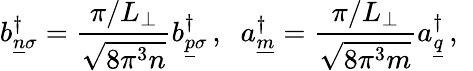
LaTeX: b_{\underline{{{n}}}\sigma}^{\dagger}=\frac{\pi/L_{\perp}}{\sqrt{8\pi^{3}n}}b_{\underline{{{p}}}\sigma}^{\dagger}\, ,\; \; a_{\underline{{{m}}}}^{\dagger}=\frac{\pi/L_{\perp}}{\sqrt{8\pi^{3}m}}a_{\underline{{{q}}}}^{\dagger}\, ,\; \;